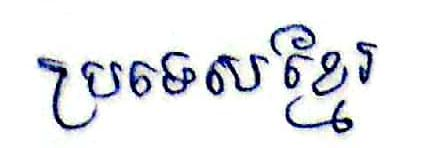
ប្រទេសខ្មែរ